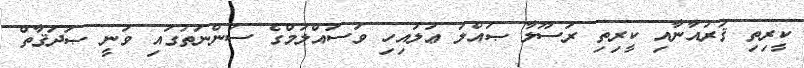
ކީރިތި ޤުރުއާނާއި ކީރިތި ރަސޫލާ ޞައްލަ ޢަލައިހި ވަސައްލަމްގެ ސުންނަތުގައި ވަނީ ޞަދަޤާތް